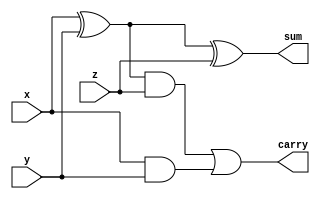
module full_adder_sub (x,y,z,sum,carry);

    input x, y, z;
    output sum, carry;

    wire w1, w2, w3;

    xor x1(w1, x, y);
    and a1(w2, x, y);
    xor x2(sum, w1, z);  // sum part = x + y + z

    and a2(w3, w1, z);
    or o2(carry, w3, w2);

endmodule



module sub_64_bit (a,b,S,C);

    input [63:0] a, b;
    output [63:0] S;
    output C;

    wire [63:0] b_upd;
    wire [64:0] int_carry;

    genvar i, j;

    generate  // xor all the bits 
        for (j = 0; j < 64; j = j + 1) begin
            xor x2(b_upd[j], 1, b[j]);
        end
    endgenerate

    assign int_carry[0] = 1;  // input carry = 1

    generate

        for (i = 0; i < 64; i = i + 1) begin
            
            full_adder_sub f1(a[i],b_upd[i],int_carry[i],S[i],int_carry[i+1]);
            // assign int_carry[i+1] = C[i];
        end

    endgenerate

    assign C = int_carry[64];

endmodule